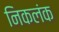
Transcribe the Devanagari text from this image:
निकलंक